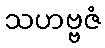
သဟဗ္ဗဇံ